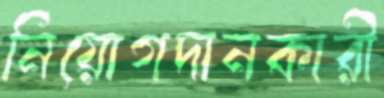
নিয়োগদানকারী